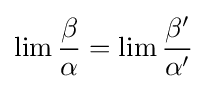
\lim {\frac {\beta }{\alpha }}=\lim {\frac {\beta '}{\alpha '}}